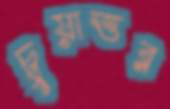
চুয়াত্তর